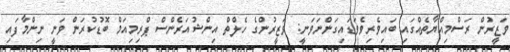
ވަޒީރުން ރަސްމިއްޔާތެއްގައި ބައިވެރިވެވަޑައިގަންނަވަނީ: ވަޒީރުންގެ ހެލްތް އިންޝުއަރެންސް ޕްރިމިއަމް ބޮޑުކުރަން ވަނީ ނިންމާފައި